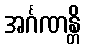
အင်္ဂဏန္တိ